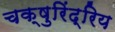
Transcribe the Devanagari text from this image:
चक्षुरिंद्रिय